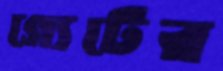
গ্যেটের